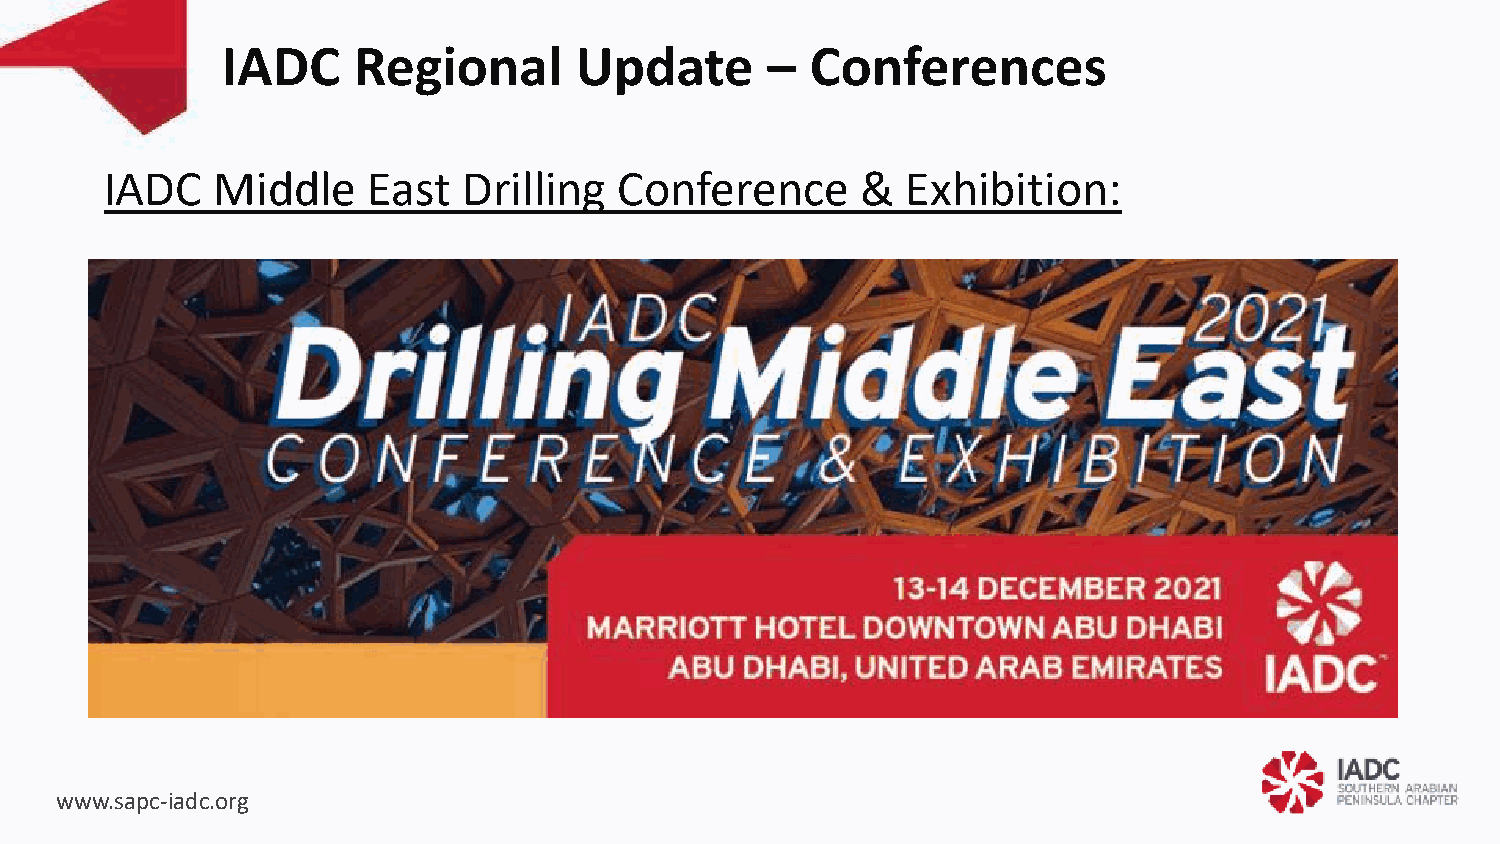
IADC    Regional       Update       –  Conferences
 IADC   Middle    East   Drilling  Conference      &  Exhibition:
 www.sapc-iadc.org